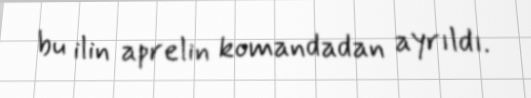
bu ilin aprelin komandadan ayrıldı.